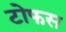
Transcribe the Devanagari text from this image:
टोफस